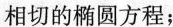
相切的椭圆方程；